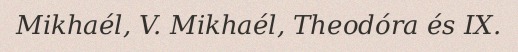
Mikhaél, V. Mikhaél, Theodóra és IX.